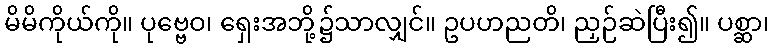
မိမိကိုယ်ကို။ ပုဗ္ဗေဝ၊ ရှေးအဘို့၌သာလျှင်။ ဥပဟညတိ၊ ညှဉ်ဆဲပြီး၍။ ပစ္ဆာ၊